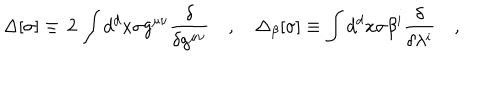
LaTeX: \Delta [ \sigma ] \equiv \, 2 \, \int d ^ { d } x \sigma g ^ { \mu \nu } \frac { \delta } { \delta g ^ { \mu \nu } } \quad , \quad \Delta _ { \beta } [ \sigma ] \equiv \int d ^ { d } x \sigma \beta ^ { i } \frac { \delta } { \delta \lambda ^ { i } } \quad ,